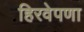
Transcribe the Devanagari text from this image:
हिरवेपणा